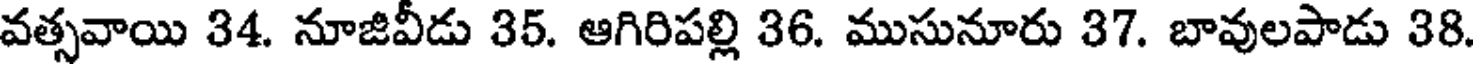
వత్సవాయి 34. నూజివీడు 35. ఆగిరిపల్లి 36. ముసునూరు 37. బావులపాడు 38